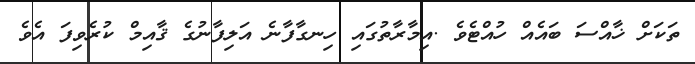
ތަކަށް ޚާއްސަ ބައެއް ހުއްޓެވެ .އިމާރާތުގައި ހިނގާފާނެ އަލިފާނުގެ ޤާއިމް ކުރެވިފަ އެވެ